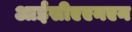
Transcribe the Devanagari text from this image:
आईसीएएनएन